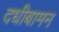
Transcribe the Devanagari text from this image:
दधीबामन